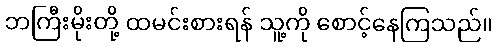
ဘကြီးမိုးတို့ ထမင်းစားရန် သူ့ကို စောင့်နေကြသည်။